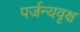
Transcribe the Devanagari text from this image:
पर्जन्यवृक्ष